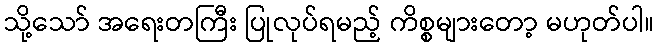
သို့သော် အရေးတကြီး ပြုလုပ်ရမည့် ကိစ္စများတော့ မဟုတ်ပါ။